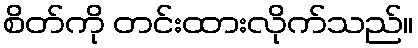
စိတ်ကို တင်းထားလိုက်သည်။